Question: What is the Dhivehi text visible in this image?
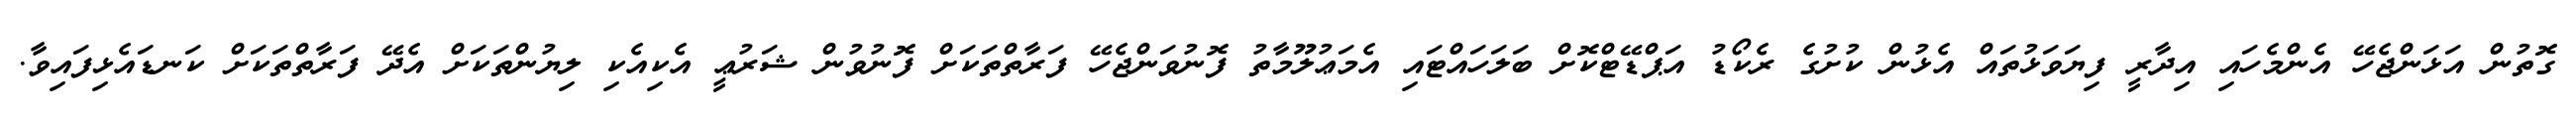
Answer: ގޮތުން އަޅަންޖެހޭ އެންމެހައި އިދާރީ ފިޔަވަޅުތައް އެޅުން ކުށުގެ ރެކޯޑު އަޕްޑޭޓްކޮށް ބަލަހައްޓައި އެމަޢުލޫމާތު ފޮނުވަންޖެހޭ ފަރާތްތަކަށް ފޮނުވުން ޝަރުޢީ އެކިއެކި ލިޔުންތަކަށް އެދޭ ފަރާތްތަކަށް ކަނޑައެޅިފައިވާ.